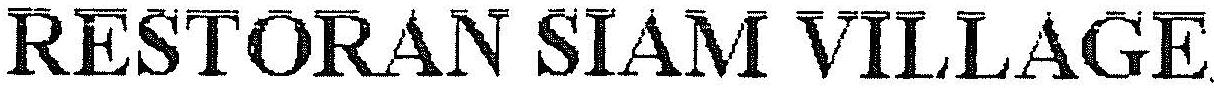
RESTORAN SIAM VILLAGE